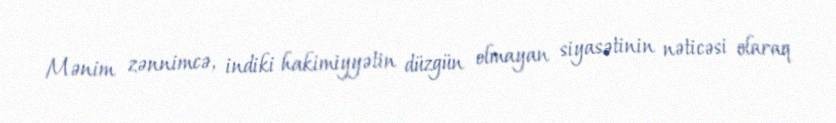
Mənim zənnimcə, indiki hakimiyyətin düzgün olmayan siyasətinin nəticəsi olaraq